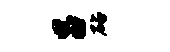
吕砧